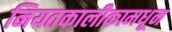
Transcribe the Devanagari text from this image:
नियतकालीकामधून